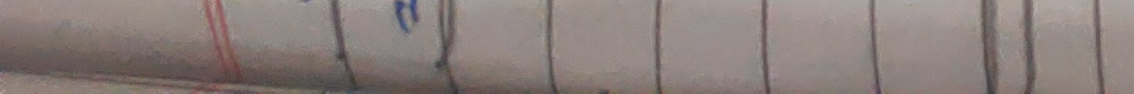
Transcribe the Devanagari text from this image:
कक्षा ६ | मा